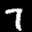
Label: 7